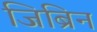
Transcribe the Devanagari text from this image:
जिब्रिन